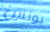
بونس